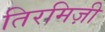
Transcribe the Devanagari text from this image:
तिरमिज़ी